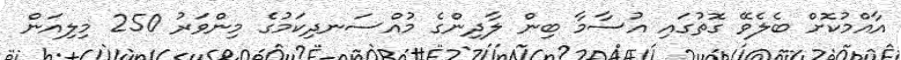
އާއްމުކޮށް ބެލެވޭ ގޮތުގައި އުސާމާ ބިން ލާދިންގެ މުއްސަނދިކަމުގެ މިންވަރު 250 މިލިއަން